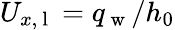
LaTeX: U_{x,\mathrm{~l~}}=q_{\mathrm{~w~}}/h_{0}